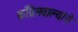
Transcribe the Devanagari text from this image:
काँग्रेसवाल्यांचे